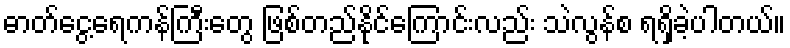
ဓာတ်ငွေ့ရေကန်ကြီးတွေ ဖြစ်တည်နိုင်ကြောင်းလည်း သဲလွန်စ ရရှိခဲ့ပါတယ်။